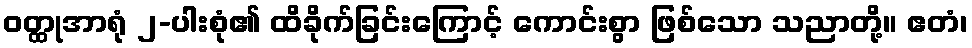
ဝတ္ထုအာရုံ ၂-ပါးစုံ၏ ထိခိုက်ခြင်းကြောင့် ကောင်းစွာ ဖြစ်သော သညာတို့။ ဧတံ၊